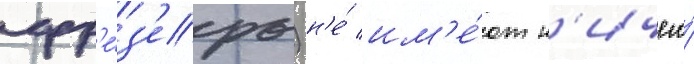
фр'е́з'еры) н'е́ им'е́ют н'ичего́